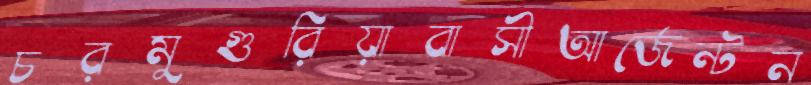
চরমুগুরিয়াবাসীআর্জেন্টন